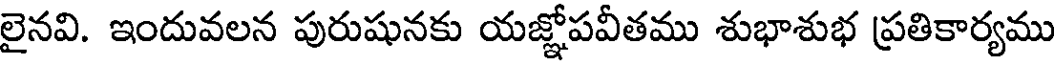
లైనవి. ఇందువలన పురుషునకు యజ్ఞోపవీతము శుభాశుభ ప్రతికార్యము